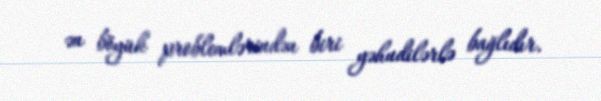
ən böyük problemlərindən biri yəhudilərlə bağlıdır.